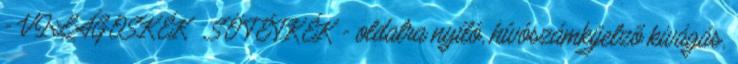
- VILÁGOSKÉK SÖTÉTKÉK - oldalra nyíló, hívószámkijelzõ kivágás,